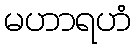
မဟာရဟံ